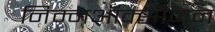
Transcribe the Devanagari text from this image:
निम्नऑक्सीजन